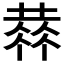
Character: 𠍳